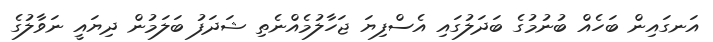
އަނގައިން ބަހެއް ބުނުމުގެ ބަދަލުގައި އެސްފިޔަ ޖަހާލުމެއްނެތި ޝަދަފު ބަލަމުން ދިޔައީ ނަވާލުގެ